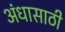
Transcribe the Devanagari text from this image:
अंधासाठी